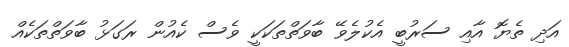
އަދި ތެޔޮ އާއި ސަރުބީ އެކުލެވޭ ބާވަތްތަކަކީ ވެސް ކެއުން ރަގަޅު ބާވަތްތަކެއް